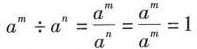
1.零指数幂